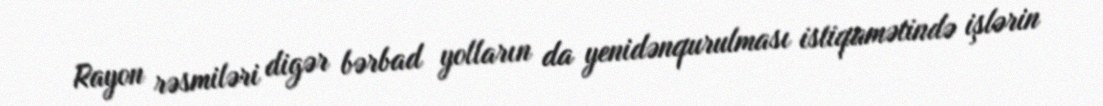
Rayon rəsmiləri digər bərbad yolların da yenidənqurulması istiqamətində işlərin